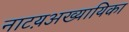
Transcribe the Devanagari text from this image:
नाटय़अख्यायिका